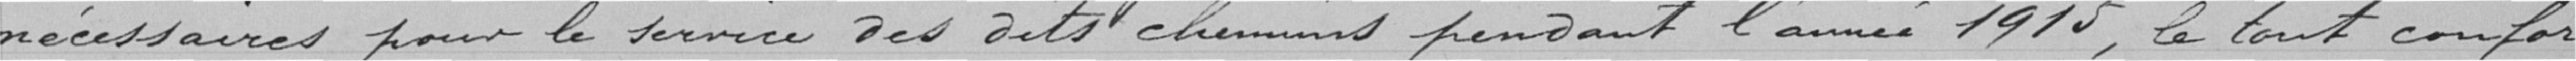
nécessaires pour le service Des Dits chemins pendant l'année 1915, le tout confor-